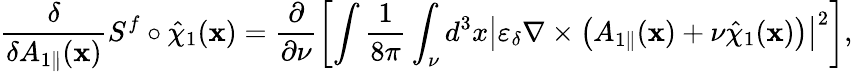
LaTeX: \frac{\delta}{\delta{A}_{1\parallel}(\textbf{x})}S^{f}\circ\hat{\chi}_{1}(\textbf{x})=\frac{\partial}{\partial\nu}\left[\intop\frac{1}{8\pi}\int_{\nu}d^{3}x\left|\varepsilon_{\delta}\nabla\times\left({A}_{1\parallel}(\textbf{x})+\nu\hat{\chi}_{1}(\textbf{x})\right)\right|^{2}\right],